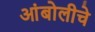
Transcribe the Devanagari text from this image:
आंबोलीचे